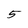
Character: 5